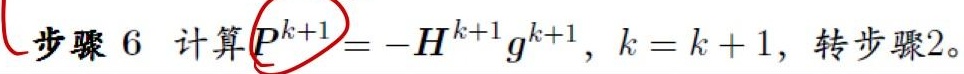
步骤 6 计算$P^{k+1}=-H^{k+1}g^{k+1},k = k + 1$, 转步骤2。